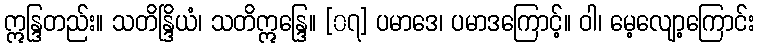
ဣန္ဒြတည်း။ သတိန္ဒြိယံ၊ သတိဣန္ဒြေ။ [၀၇] ပမာဒေ၊ ပမာဒကြောင့်။ ဝါ၊ မေ့လျော့ကြောင်း